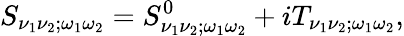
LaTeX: S_{\nu_{1}\nu_{2};\omega_{1}\omega_{2}}=S_{\nu_{1}\nu_{2};\omega_{1}\omega_{2}}^{0}+iT_{\nu_{1}\nu_{2};\omega_{1}\omega_{2}},